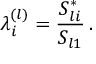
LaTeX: \lambda _ { i } ^ { ( l ) } = \frac { S _ { l i } ^ { * } } { S _ { l 1 } } \, .